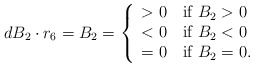
\begin{align*}\begin{aligned}dB_2\cdot r_6=B_2=\left\{ \begin{array}{ll} >0\quad\mbox{if} ~B_2>0\\ <0\quad\mbox{if} ~B_2<0\\ =0\quad\mbox{if} ~B_2=0. \end{array} \right.\end{aligned}\end{align*}